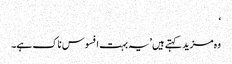
‘
وہ مزید کہتے ہیں ’یہ بہت افسوس ناک ہے۔